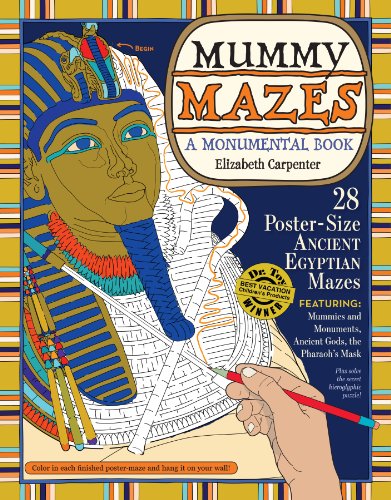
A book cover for Mummy Mazes: A Monumental Book; Elizabeth Carpenter; Children's Books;